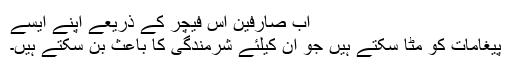
اب صارفین اس فیچر کے ذریعے اپنے ایسے
پیغامات کو مٹا سکتے ہیں جو ان کیلئے شرمندگی کا باعث بن سکتے ہیں۔